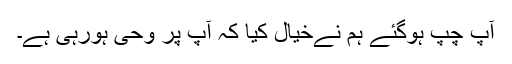
آپ چپ ہوگئے ہم نےخیال کیا کہ آپ پر وحی ہورہی ہے۔